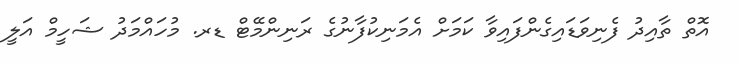
އޮތް ތާއިދު ފެނިވަޑައިގެންފައިވާ ކަމަށް އެމަނިކުފާނުގެ ރަނިންމޭޓް ޑރ. މުހައްމަދު ޝަހީމް އަލީ